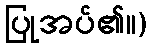
ပြုအပ်၏။)